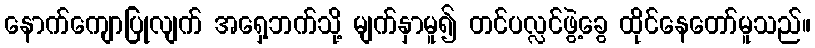
နောက်ကျောပြုလျက် အရှေ့ဘက်သို့ မျက်နှာမူ၍ တင်ပလ္လင်ဖွဲ့ခွေ ထိုင်နေတော်မူသည်။